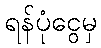
ရန်ပုံငွေမှ